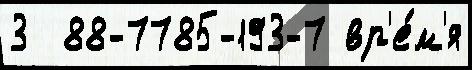
3  88-7785-193-7 вр'е́м'я